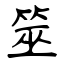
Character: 筮